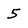
Character: 5